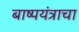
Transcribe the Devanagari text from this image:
बाष्पयंत्राचा